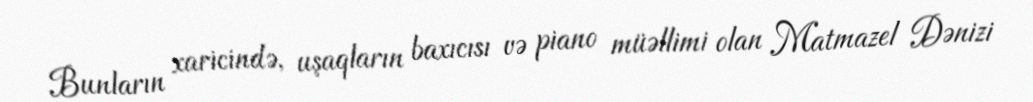
Bunların xaricində, uşaqların baxıcısı və piano müəllimi olan Matmazel Dənizi